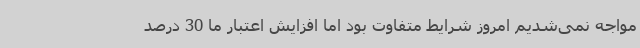
مواجه نمی‌شدیم امروز شرایط متفاوت بود اما افزایش اعتبار ما 30 درصد